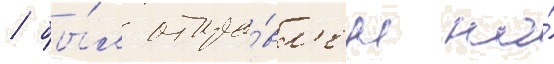
/ бы́л отпра́вл'ен на́